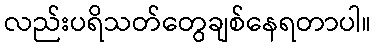
လည်းပရိသတ်တွေချစ်နေရတာပါ။